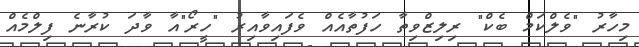
މިހާރު "ވެލްކަމް ބެކް" ރިލިޒްވިތާ ހަފުތާއެއް ވެފައިވާއިރު "ހީރޯ"އާ ވާދަ ކުރާނެ ފިލްމެއް